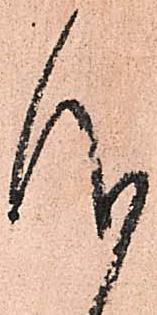
仰